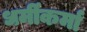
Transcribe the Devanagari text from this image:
धर्मीकर्मा